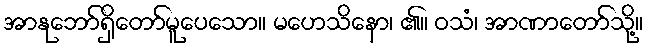
အာနုဘော်ရှိတော်မူပေသော။ မဟေသိနော၊ ၏။ ဝသံ၊ အာဏာတော်သို့။